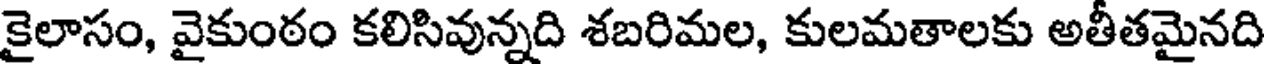
కైలాసం, వైకుంఠం కలిసివున్నది శబరిమల, కులమతాలకు అతీతమైనది